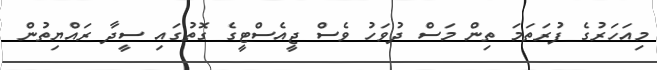
މިއަހަރުގެ ފުރަތަމަ ތިން މަސް ދުވަހު ވެސް ޖީއެސްޓީގެ ގޮތުގައި ސީދާ ރައްޔިތުން